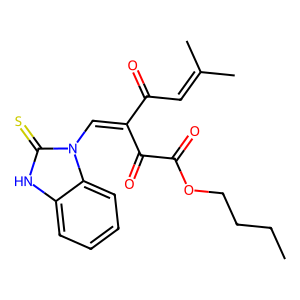
SMILES: CCCCOC(=O)C(=O)C(=Cn1c(=S)[nH]c2ccccc21)C(=O)C=C(C)C
Inhibits HIV replication: No